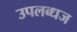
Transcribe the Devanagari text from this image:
उपलब्धज